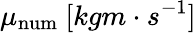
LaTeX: \mu_{\mathrm{num}}\ [kg{m}\cdot s^{-1}]